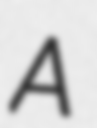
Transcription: A